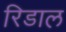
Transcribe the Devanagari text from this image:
रिडाल